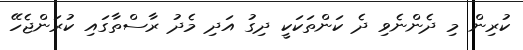
ކުރިން މި ދެންނެވި ދެ ކަންތަކަކީ ދިގު އަދި މެދު ރާސްތާގައި ކުރަންޖެހޭ